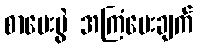
စာမေးပွဲ အကြံပေးချက်